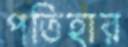
পতিহার